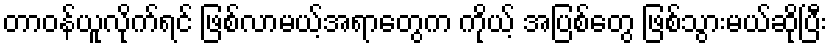
တာဝန်ယူလိုက်ရင် ဖြစ်လာမယ့်အရာတွေက ကိုယ့် အပြစ်တွေ ဖြစ်သွားမယ်ဆိုပြီး